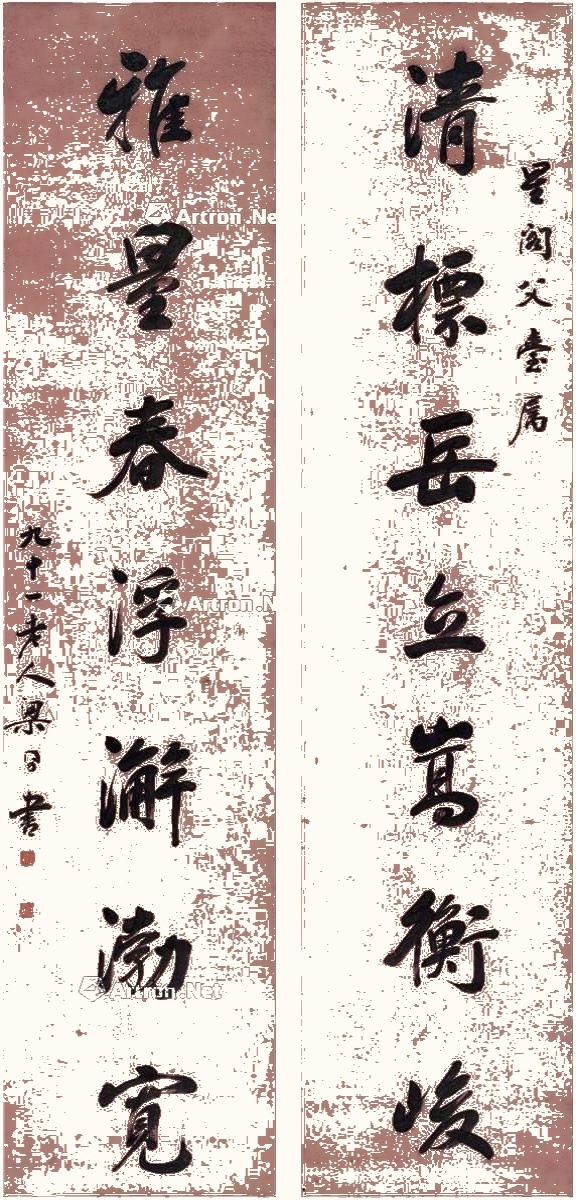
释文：清标岳立嵩衡峻，雅量春浮澥渤宽。星阁父台属，九十一老人梁同书书。